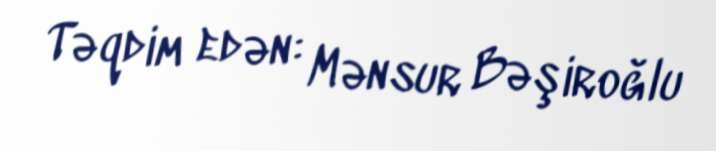
Təqdim edən: Mənsur Bəşiroğlu